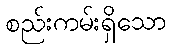
စည်းကမ်းရှိသော